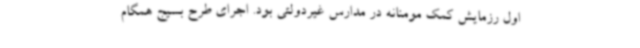
اول رزمایش کمک مومنانه در مدارس غیردولتی بود. اجرای طرح بسیج همگام